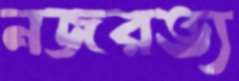
নজরভ্য